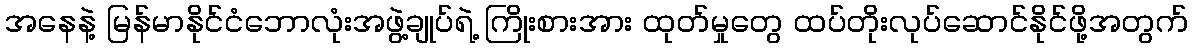
အနေနဲ့ မြန်မာနိုင်ငံဘောလုံးအဖွဲ့ချုပ်ရဲ့ ကြိုးစားအား ထုတ်မှုတွေ ထပ်တိုးလုပ်ဆောင်နိုင်ဖို့အတွက်